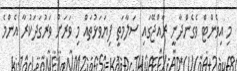
މި އިވެންޓް ވެގެންދާނީ ރާއްޖޭގައި ސަލާމަތީ ފިޔަވަޅުތައް މި ވަރަށް ވަރުގަދަކުރާ އެންމެ